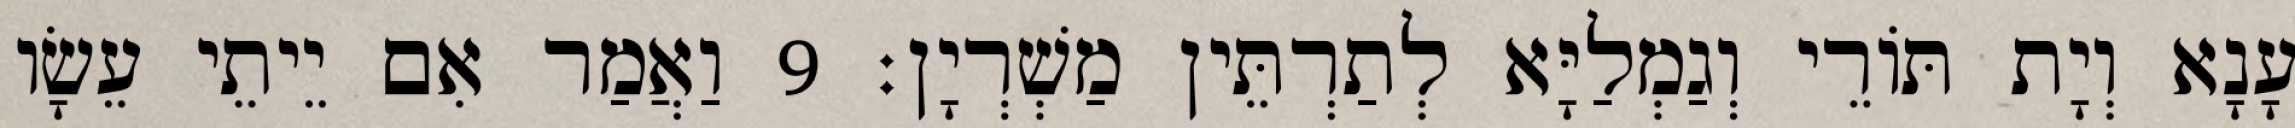
עָנָא וְיָת תּוֹרֵי וְגַמְלַיָּא לְתַרְתֵּין מַשְׁרְיָן׃ 9 וַאֲמַר אִם יֵיתֵי עֵשָׂו